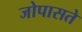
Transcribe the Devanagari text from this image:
जोपासते